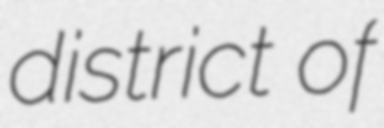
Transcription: district of